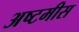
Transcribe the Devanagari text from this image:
अष्टमीस